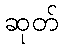
ဆုတ်